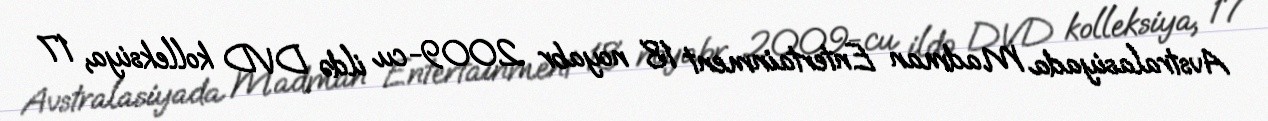
Avstralasiyada Madman Entertainment 18 noyabr 2009-cu ildə DVD kolleksiya, 17